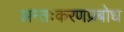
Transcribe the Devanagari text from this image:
अन्तःकरणप्रबोध